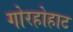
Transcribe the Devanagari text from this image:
गोरहोहाट